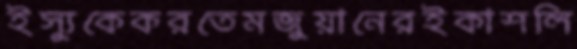
ইস্যুকেকরতেমজুয়ানেরইকাশলি